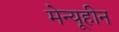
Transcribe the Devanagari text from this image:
मेन्यूहीन